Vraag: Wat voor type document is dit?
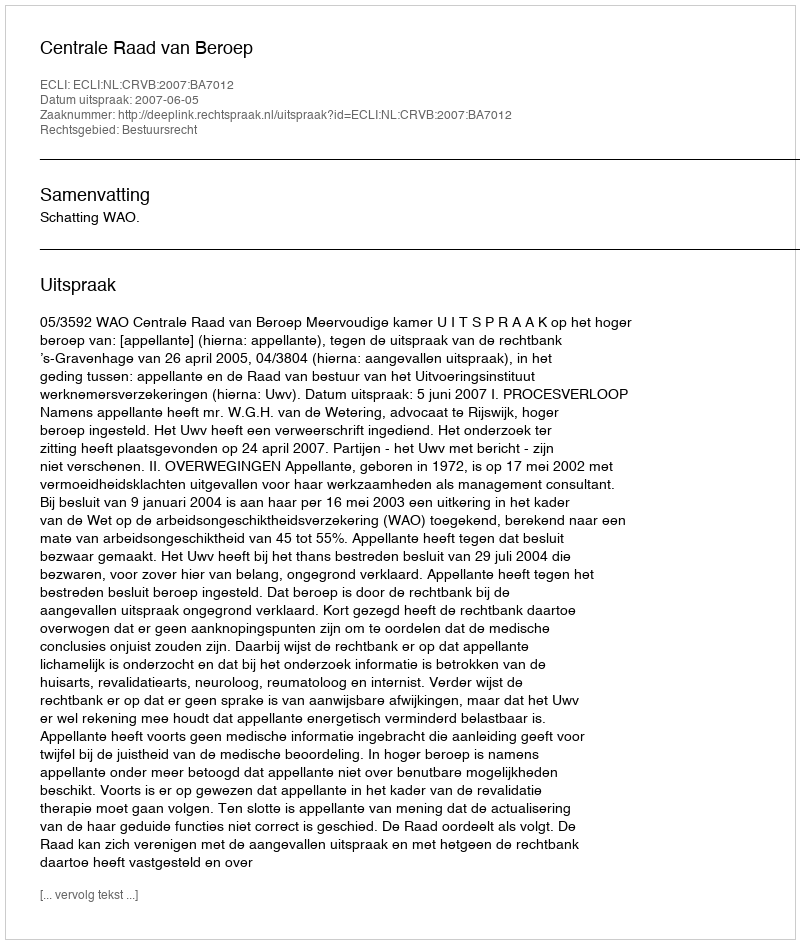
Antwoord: Uitspraak